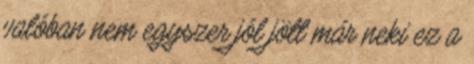
valóban nem egyszer jól jött már neki ez a